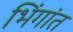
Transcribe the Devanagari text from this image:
भिंगांत